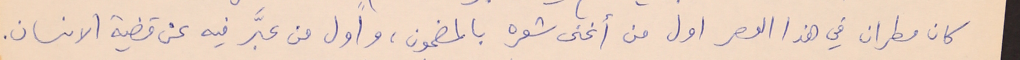
كان مطران في هذا العصر اول من أغنى شعره بالمضمون، وأول من عبَّر فيه عن قضية الانسان.